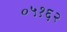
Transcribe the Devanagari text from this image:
०५१६२